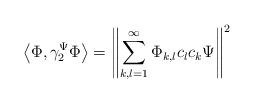
LaTeX: \begin{align*}\left\langle \Phi,\gamma_{2}^{\Psi}\Phi\right\rangle =\left\Vert \sum_{k,l=1}^{\infty}\Phi_{k,l}c_{l}c_{k}\Psi\right\Vert ^{2}\end{align*}